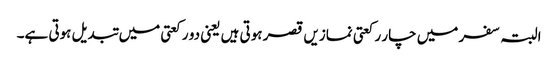
البتہ سفر میں چار رکعتی نمازیں قصر ہوتی ہیں یعنی دو رکعتی میں تبدیل ہوتی ہے۔